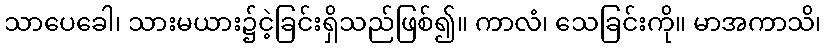
သာပေခေါ၊ သားမယား၌ငဲ့ခြင်းရှိသည်ဖြစ်၍။ ကာလံ၊ သေခြင်းကို။ မာအကာသိ၊